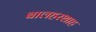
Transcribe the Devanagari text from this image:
बालहरशाह